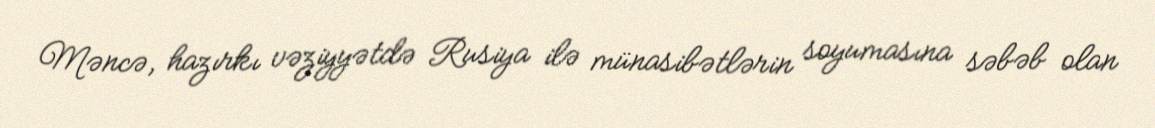
Məncə, hazırkı vəziyyətdə Rusiya ilə münasibətlərin soyumasına səbəb olan